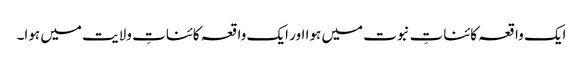
ایک واقعہ کائناتِ نبوت میں ہوا اور ایک واقعہ کائناتِ ولایت میں ہوا۔